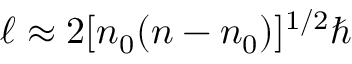
\ell \approx 2 [ n _ { 0 } ( n - n _ { 0 } ) ] ^ { 1 / 2 } \hbar